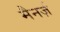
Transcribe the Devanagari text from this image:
मैनर्ज़